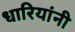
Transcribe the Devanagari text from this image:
धारियांनी